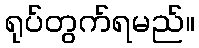
ရုပ်တွက်ရမည်။